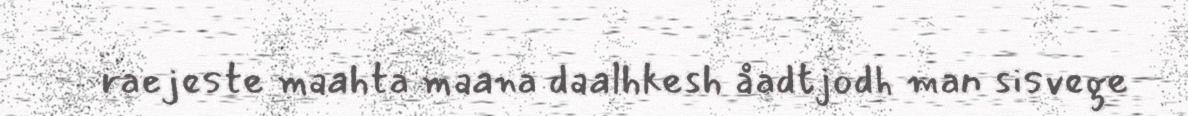
raejeste maahta maana daalhkesh åadtjodh man sisvege